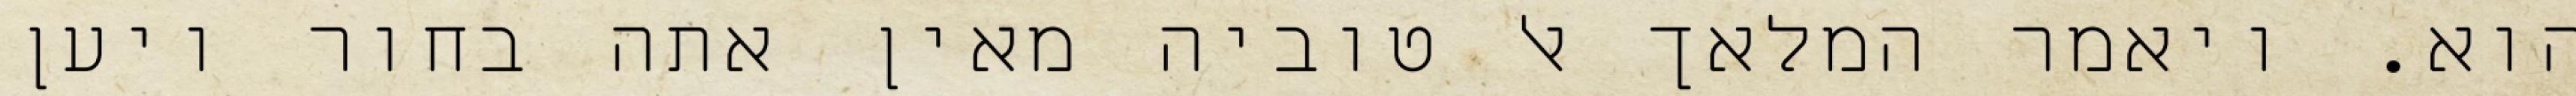
הוא. ויאמר המלאך אל טוביה מאין אתה בחור ויען